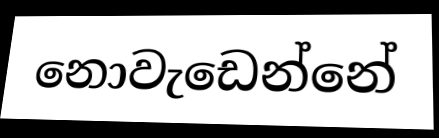
නොවැඩෙන්නේ